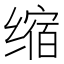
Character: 缩